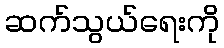
ဆက်သွယ်ရေးကို